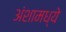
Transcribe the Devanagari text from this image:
अंशामध्ये